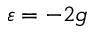
\varepsilon = - 2 g